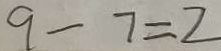
9 - 7 = 2